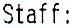
STAFF: